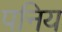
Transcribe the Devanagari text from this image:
पनिय